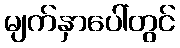
မျက်နှာပေါ်တွင်